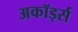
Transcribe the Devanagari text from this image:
अकॉर्ड्स